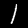
Digit: 1